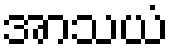
အာသယံ